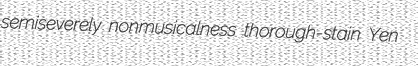
semiseverely nonmusicalness thorough-stain Yen